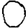
Digit: 0